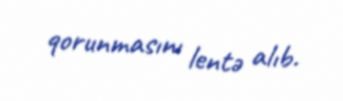
qorunmasını lentə alıb.